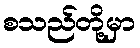
စသည်တို့မှာ